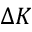
\Delta K